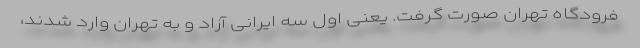
فرودگاه تهران صورت گرفت. یعنی اول سه ایرانی آزاد و به تهران وارد شدند،